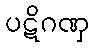
ပဋိဂဏှ